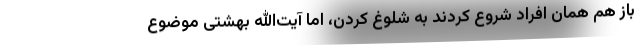
باز هم همان افراد شروع کردند به شلوغ کردن، اما آیت‌الله بهشتی موضوع